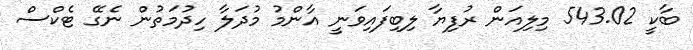
ބާކީ 543.02 މިލިއަން ރުފިޔާ ލިބިފައިވަނީ އާންމު މުދަލާ ހިދުމަތުން ނެގޭ ޓެކްސް